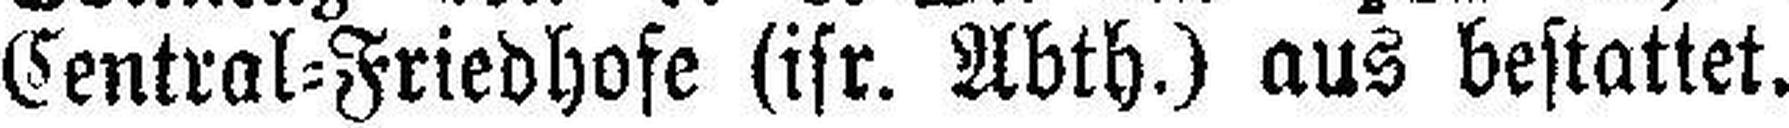
Central=Friedhofe (isr. Abth.) aus bestattet.